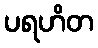
ပရဟိတ